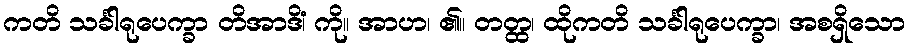
ကတိ သင်္ခါရုပေက္ခာ တိအာဒိံ၊ ကို။ အာဟ၊ ၏။ တတ္ထ၊ ထိုကတိ သင်္ခါရုပေက္ခာ၊ အစရှိသော